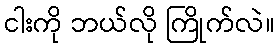
ငါးကို ဘယ်လို ကြိုက်လဲ။